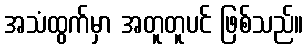
အသံထွက်မှာ အတူတူပင် ဖြစ်သည်။